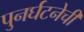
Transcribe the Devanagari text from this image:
पुनर्घटनेची